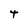
Character: t